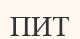
ПИТ